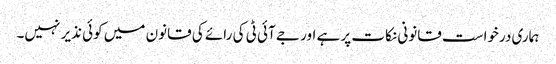
ہماری درخواست قانونی نکات پر ہے اور جے آئی ٹی کی رائے کی قانون میں کوئی نذیر نہیں۔